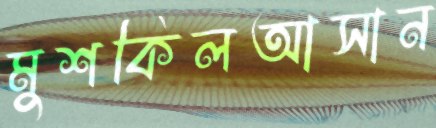
মুশকিলআসান